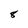
Character: 8